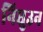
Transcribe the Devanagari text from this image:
निघुउन